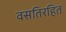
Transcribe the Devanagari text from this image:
वसतिरहित